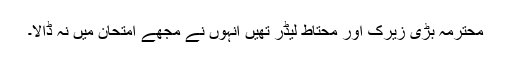
محترمہ بڑی زیرک اور محتاط لیڈر تھیں انہوں نے مجھے امتحان میں نہ ڈالا۔